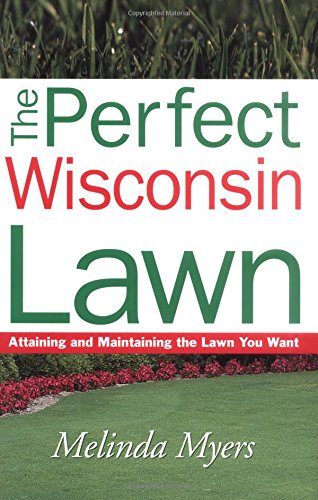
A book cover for The Perfect Wisconsin Lawn: Attaining and Maintaining the Lawn You Want; Melinda Myers; Crafts, Hobbies & Home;